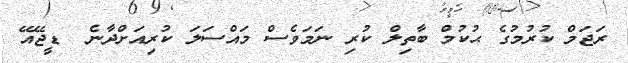
ރަޖަމް ކުރުމުގެ ޙުކުމް ބާތިލް ކުރި ނަމަވެސް މައްސަލަ ކުރިއަށްދާނެ  ޑީޖޭއޭ